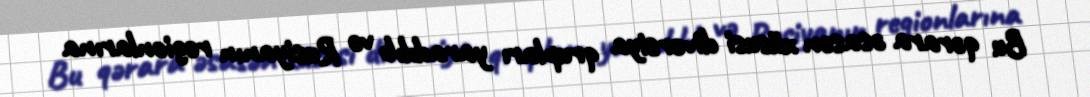
Bu qərara əsasən xüsusi diversiya qrupları yaradılıb və Rusiyanın regionlarına